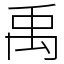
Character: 禹